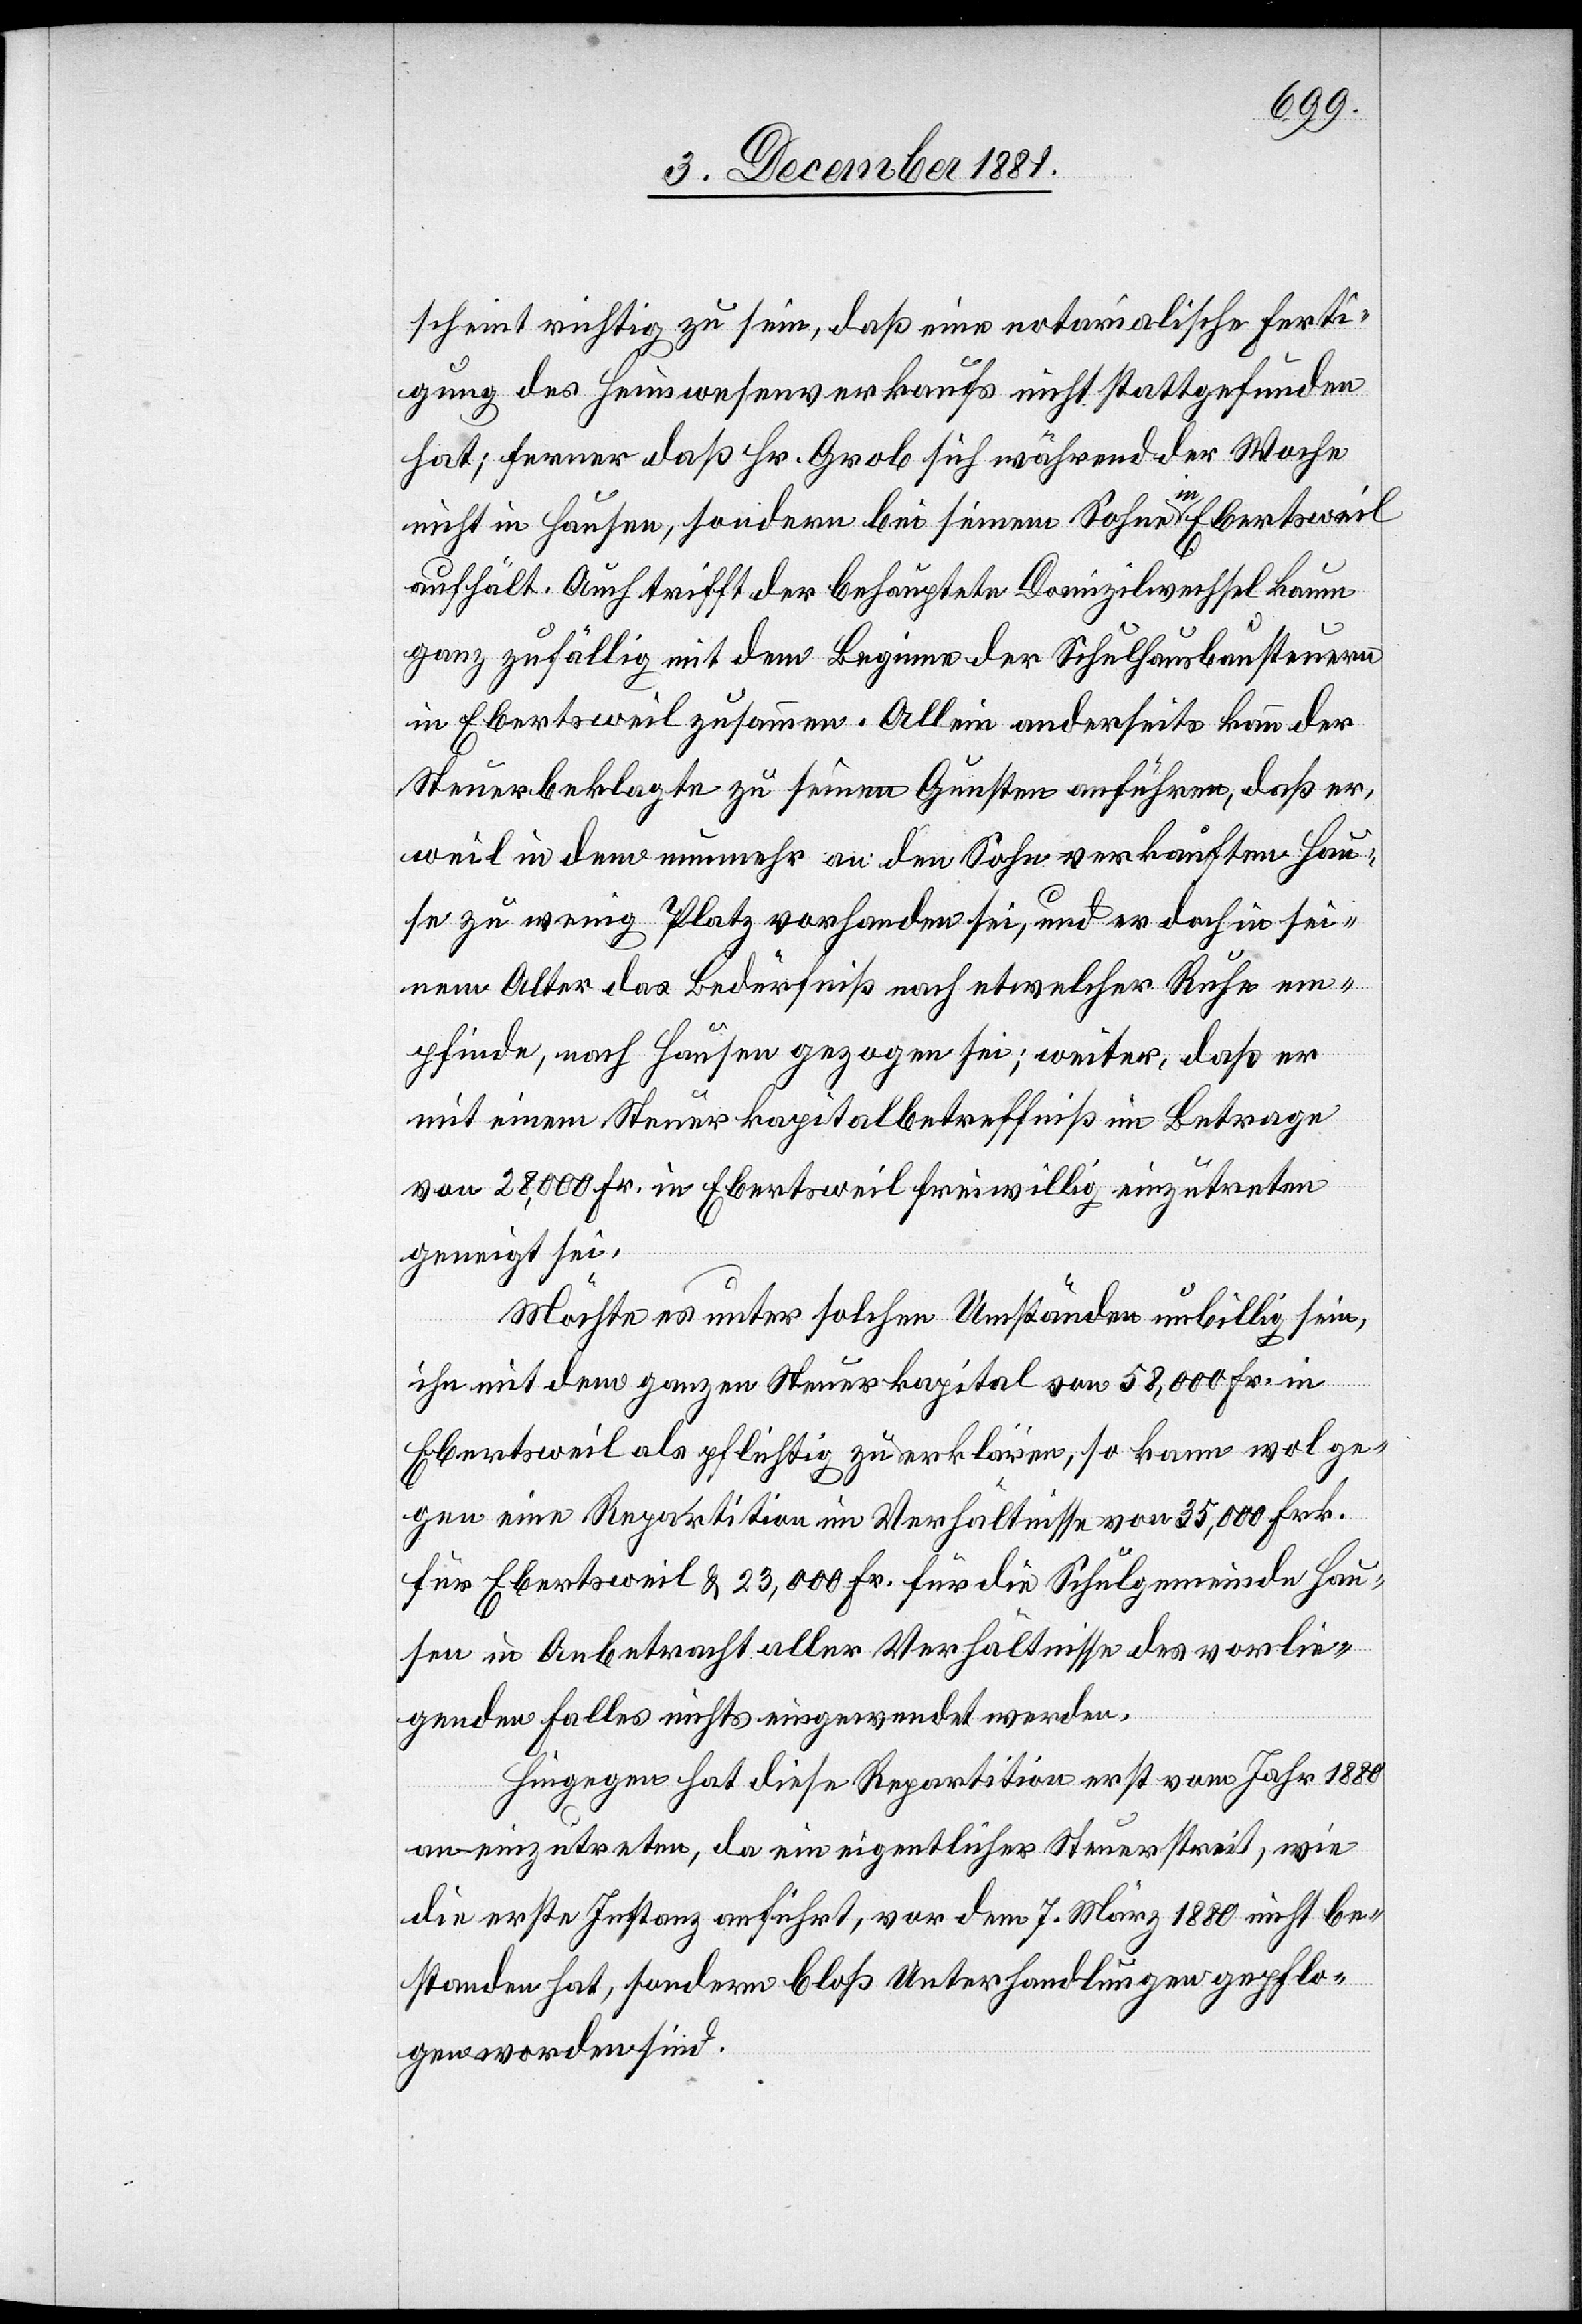
scheint richtig zu sein, daß eine notarialische Ferti¬
gung des Heimwesensverkaufs nicht stattgefunden
hat; ferner daß Hr. Grob sich während der Woche
nicht in Hausen, sondern bei seinem Sohne in Ebertsweil
aufhält. Auch trifft der behauptete Domizilwechsel kaum
ganz zufällig mit dem Beginne der Schulhausbausteuern
in Ebertsweil zusammen. Allein anderseits kann der
Steuerbeklagte zu seinen Gunsten anführen, daß er,
weil in dem nunmehr an den Sohn verkauften Hau¬
se zu wenig Platz vorhanden sei, und er doch in sei¬
nem Alter das Bedürfniß nach etwelcher Ruhe em¬
pfinde, nach Hausen gezogen sei; weiter, daß er
mit einem Steuerkapitalbetreffniß im Betrage
von 28,000 Fr. in Ebertsweil freiwillig einzutreten
geneigt sei.
Möchte es unter solchen Umständen unbillig sein,
ihn mit dem ganzen Steuerkapital von 58,000 Fr. in
Ebertsweil als pflichtig zu erklären, so kann wol ge¬
gen eine Repartition im Verhältnisse von 35,000 Frk.
für Ebertsweil & 23,000 Fr. für die Schulgemeinde Hau¬
sen in Anbetracht aller Verhältnisse des vorlie¬
genden Falles nichts eingewendet werden.
Hiegegen hat diese Repartition erst vom Jahr 1880
an einzutreten, da ein eigentlicher Steuerstreit, wie
die erste Instanz anführt, vor dem 7. März 1880 nicht be¬
standen hat, sondern bloß Unterhandlungen gepflo¬
gen worden sind.